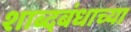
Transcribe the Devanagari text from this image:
शाब्दबंधाच्या